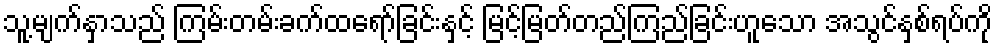
သူ့မျက်နှာသည် ကြမ်းတမ်းခက်ထရော်ခြင်းနှင့် မြင့်မြတ်တည်ကြည်ခြင်းဟူသော အသွင်နှစ်ရပ်ကို